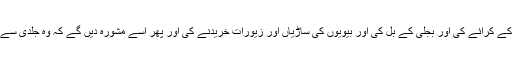
اپنے اگلے اِنکریمنٹ کی، پرموشن نہ ہونے کی، پراوڈنٹ فنڈ کی، مکان کے کرائے کی اور بجلی کے بل کی اور بیویوں کی ساڑیاں اور زیورات خریدنے کی اور پھر اسے مشورہ دیں گے کہ وہ جلدی سے شادی کر لے اور اسے کہیں گے کہ وہ کسی دن وندنا سے انہیں ملوائے۔